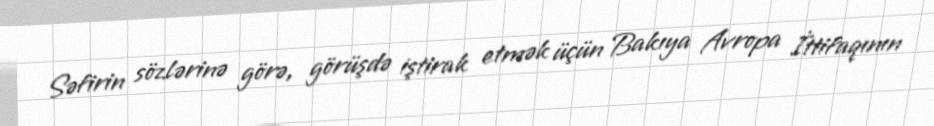
Səfirin sözlərinə görə, görüşdə iştirak etmək üçün Bakıya Avropa İttifaqının